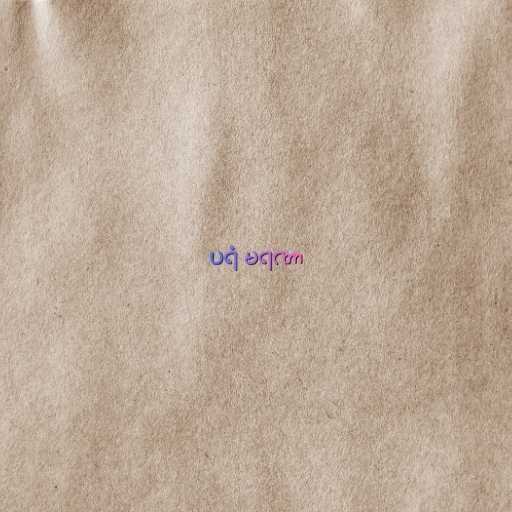
ပရံ မရဏာ